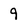
Character: 9